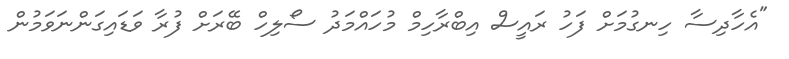
"އެހާދިސާ ހިނގުމަށް ފަހު ރައީސް އިބްރާހިމް މުހައްމަދު ސޯލިހް ބޭރަށް ފުރާ ވަޑައިގަންނަވަމުން